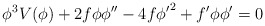
\begin{align*}\phi^{3}V(\phi) + 2f\phi\phi'' - 4f{\phi'}^{2} + f'\phi\phi' = 0\end{align*}